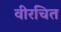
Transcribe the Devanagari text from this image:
वीरचित